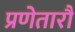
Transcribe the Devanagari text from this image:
प्रणेतारौ